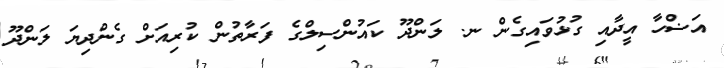
އަޟްހާ އީދާއި ގުޅުވައިގެން ނ. ލަންދޫ ކައުންސިލްގެ ފަރާާތުން ކުރިއަށް ގެންދިޔަ ލަންދޫ